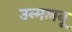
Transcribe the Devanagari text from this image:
उन्मलनू